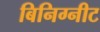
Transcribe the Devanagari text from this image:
बिनिग्नीट